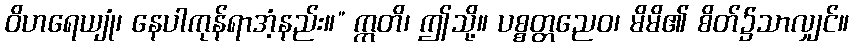
ဝိဟရေယျုံ၊ နေပါကုန်ရာအံ့နည်း။” ဣတိ၊ ဤသို့။ ပစ္စတ္တညေဝ၊ မိမိ၏ စိတ်၌သာလျှင်။